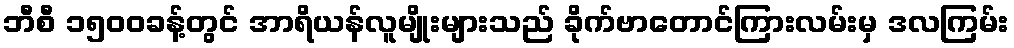
ဘီစီ ၁၅၀၀ခန့်တွင် အာရိယန်လူမျိုးများသည် ခိုက်ဗာတောင်ကြားလမ်းမှ ဒလကြမ်း